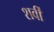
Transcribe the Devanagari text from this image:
शर्वी